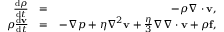
\begin{array} { r l r } { \frac { { \mathrm { d } } \rho } { { \mathrm { d } } t } } & { = } & { - \rho \nabla \cdot \mathbf { v } , } \\ { \rho \frac { { \mathrm { d } } \mathbf { v } } { { \mathrm { d } } t } } & { = } & { - \nabla p + \eta \nabla ^ { 2 } \mathbf { v } + \frac { \eta } { 3 } \nabla \nabla \cdot \mathbf { v } + \rho \mathbf { f } , } \end{array}